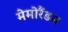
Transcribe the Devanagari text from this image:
मेमोरैंडम